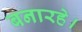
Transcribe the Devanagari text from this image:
बनारहे।